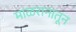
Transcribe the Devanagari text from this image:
माळरानातून